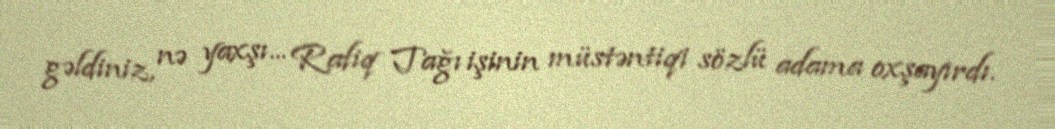
gəldiniz, nə yaxşı... Rafiq Tağı işinin müstəntiqi sözlü adama oxşayırdı.